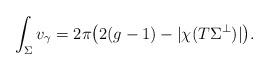
LaTeX: \begin{align*}\int_\Sigma v_\gamma = 2\pi\big(2(g-1) - |\chi(T\Sigma^\perp)|\big).\end{align*}